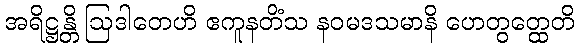
အရိဋ္ဌန္တိ ဩဒါတေဟိ ဧကူနတိံသ နဝမဒသမာနိ ဟေတွတ္ထေတိ